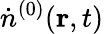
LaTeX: {\dot{n}}^{(0)}({\mathbf r},t)